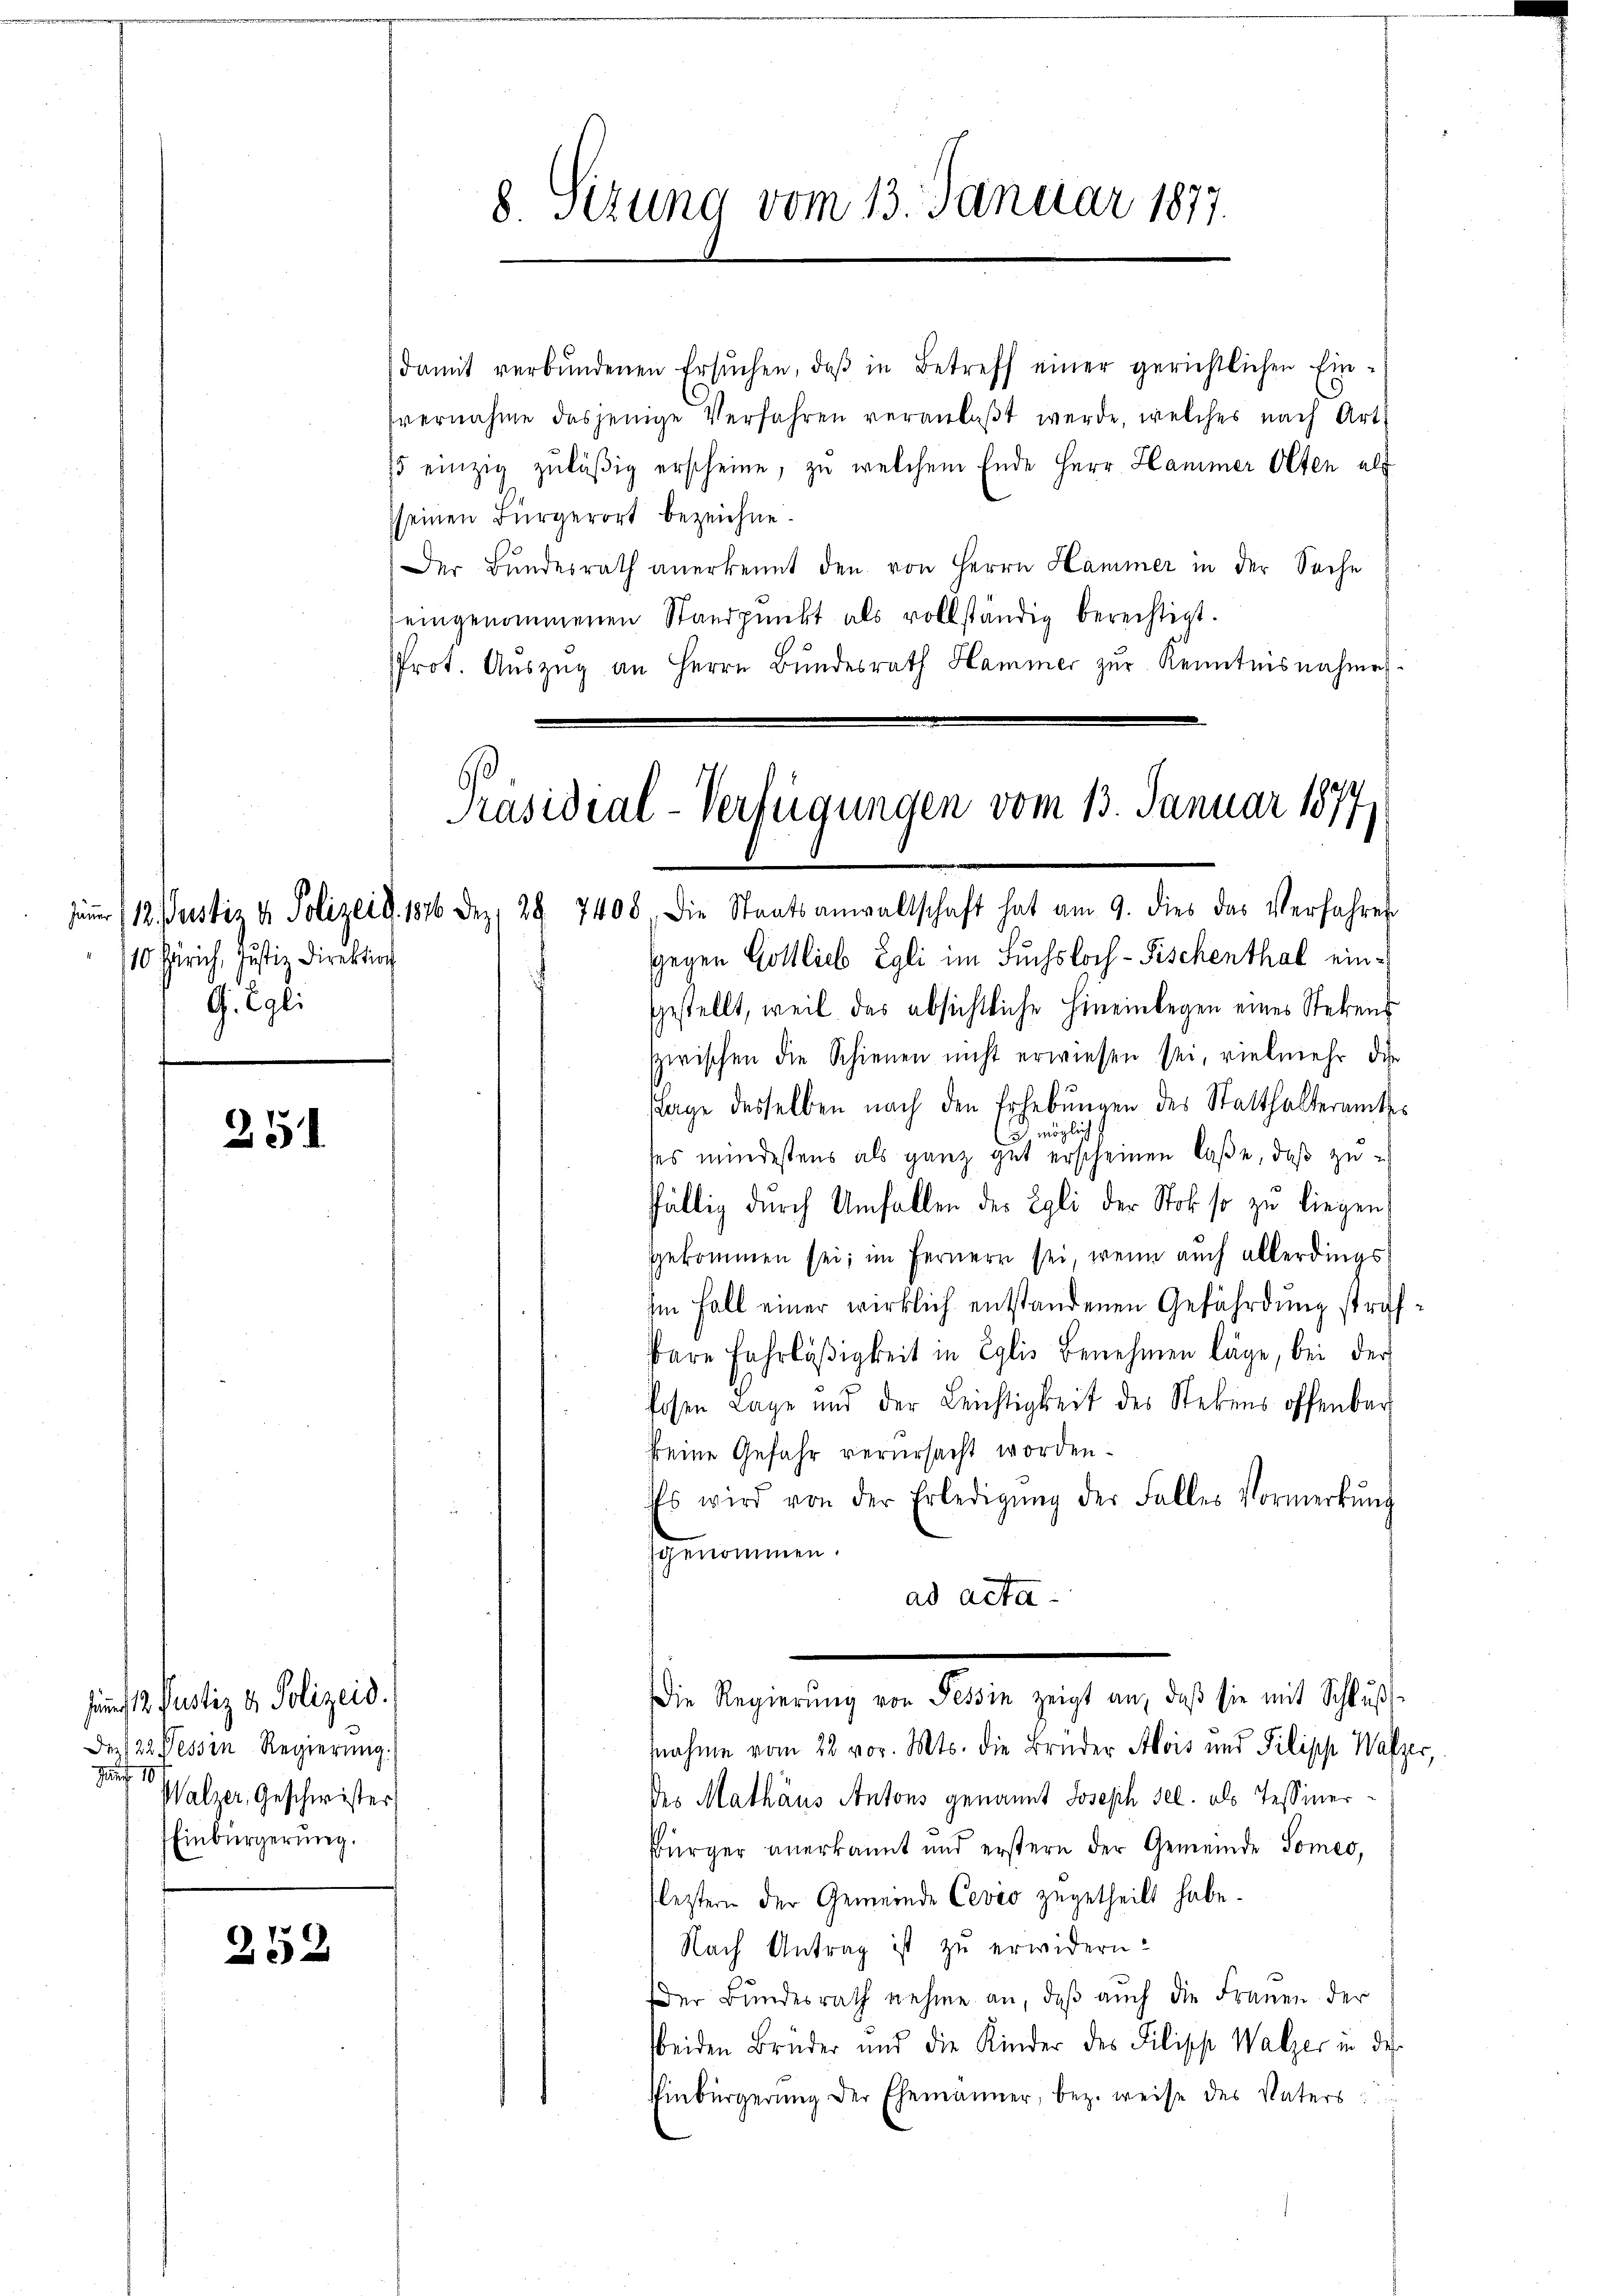
10 Zürich, Justiz Direktion
G. Egli

25

252

damit verbŭndenen Ersŭchen, daβ in Betreff einer gerichtlichen Ein-
vernahme dasjenige Verfahren veranlaβt werde, welches nach Art.
5 einzig zuläßig erscheine, zŭ welchem Ende Herr Hammer Olten als
seinen Bürgerort bezeichne.
Der Bundesrath anerkennt den von Herrn Hammer in der Sache
eingenommenen Standpunkt als vollständig berechtigt.
Prot. Auszug an Herrn Bundesrath Hammer zur Kenntnisnahmes
Präsidial-Verfügungen vom 13. Januar 1877,

fund 12. Justiz & Polizeid.
Den 22. Tessin Regierŭng.
Zif. 10
Walzer, Geschwister
Einbürgerung.

8. Sizung vom 13. Januar 1877.

jr 112. Justiz & Polizei d. 1876 Dez. 29. 7408, die Staatsanwaltschaft hat am 9. dies das Verfahre
sgegen Gottlieb Egli im Fuchsloch- Fischenthal eingestellt, weil das absichtliche hineinlegen eines Stebens
zwischen die Schienen nicht erwiesen sei, vielmehr die
stage desselben nach den Erhebungen des Statthalteramtes
möglich
ses mindestens als ganz gut erscheinen laße, daß zufällig durch Umfallen des Egli der Stok so zu liegen
gekommen sei; im Fernern sei, wenn auch allerdings
Im Fall einer wirklich entstandenen Gefährdung strafbare Fahrläßigkeit in Eglis Benehmen läge, bei der
Posen Lage und der Leichtigkeit des Stebens offenbar
keine Gefahr verursacht worden.
Es wird von der Erledigŭng der Falles Vormerkŭng
sgenommen.
ad acta
Die Regierŭng von Tessin zeigt an, daβ sie mit Schlŭβ-
fnahme vom 22 vor. Mts. die Brüder Alois und Pilipp Walzer,
des Mathäus Antons genannt Joseph sel. als Tessiner¬
Bürger anerkannt und erstern der Gemeinde Someo,
fleztern der Gemeinde Cevio zugetheilt habe.
Nach Antrag ist zu erwidern:
Der Bundesrath nehme an, daβ aŭch die Frauen der
beiden Brüder und die Kinder des Filische Walzer in des
Einbürgerung der Ehemänner, bez. weise des Vaters: